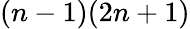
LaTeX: (n-1)(2n+1)